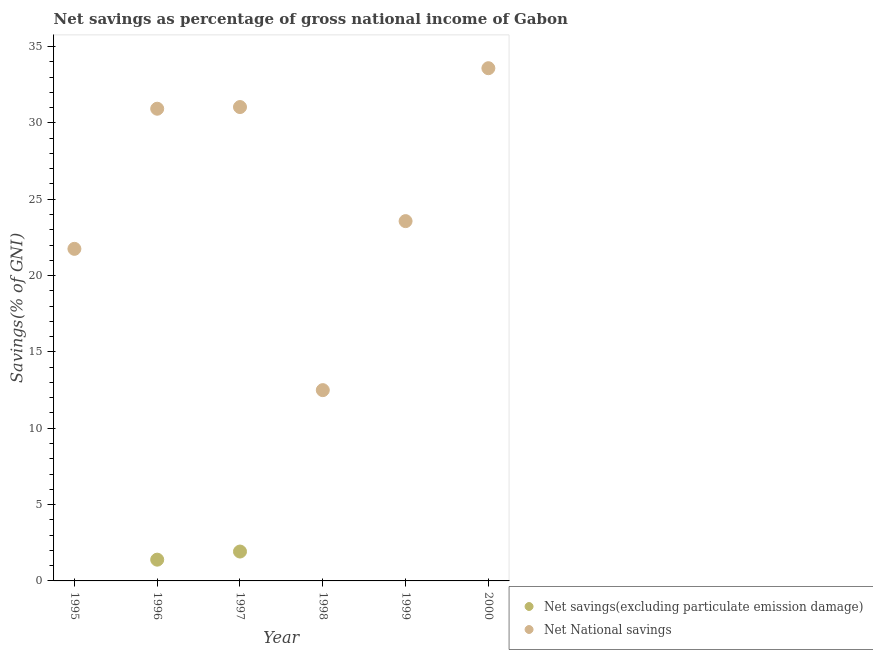
| Year | Net savings(excluding particulate emission damage) | Net National savings |
 | --- | --- | --- |
 | 1995 | -10.1 | 21.8 |
 | 1996 | 1.39 | 30.9 |
 | 1997 | 1.92 | 31 |
 | 1998 | -4.82 | 12.5 |
 | 1999 | -2.55 | 23.6 |
 | 2000 | -1.12 | 33.6 |